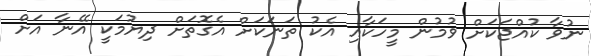
ނުވާ ކުއްޖަކަށް ވުމުން މީހަކާއި އެކު ތަނަކަށް އެގޮތަށް ދިޔުމަކީ އޭނާ އަށް